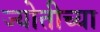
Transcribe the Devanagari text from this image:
ज्योतीच्या